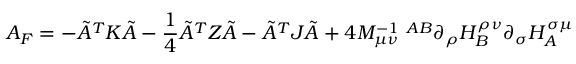
A _ { \cal F } = - \tilde { A } ^ { T } K \tilde { A } - \frac { 1 } { 4 } \tilde { A } ^ { T } Z \tilde { A } - \tilde { A } ^ { T } J \tilde { A } + 4 { \cal M } _ { \mu \nu } ^ { - 1 \ A B } \partial _ { \rho } { \cal H } _ { B } ^ { \rho \nu } \partial _ { \sigma } { \cal H } _ { A } ^ { \sigma \mu }